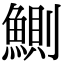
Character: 鰂